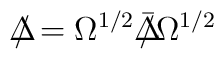
\Delta \! \! \! \! / = \Omega^{1/2} {\bar \Delta }\! \! \! \! / \Omega^{1/2}